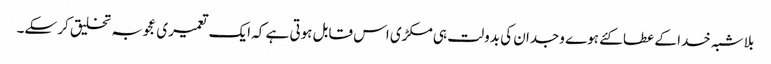
بلاشبہ خدا کے عطا کئے ہوے وجدان کی بدولت ہی مکڑی اس قابل ہوتی ہے کہ ایک تعمیری عجوبہ تخلیق کر سکے۔